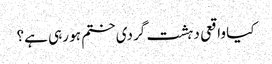
کیا واقعی دہشت گردی ختم ہو رہی ہے؟